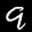
Digit: 9